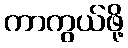
ကာကွယ်ဖို့